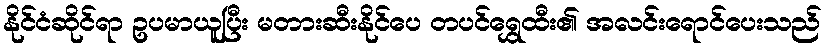
နိုင်ငံဆိုင်ရာ ဥပမာယူပြီး မတားဆီးနိုင်ပေ တပင်ရွှေထီး၏ အလင်းရောင်ပေးသည်